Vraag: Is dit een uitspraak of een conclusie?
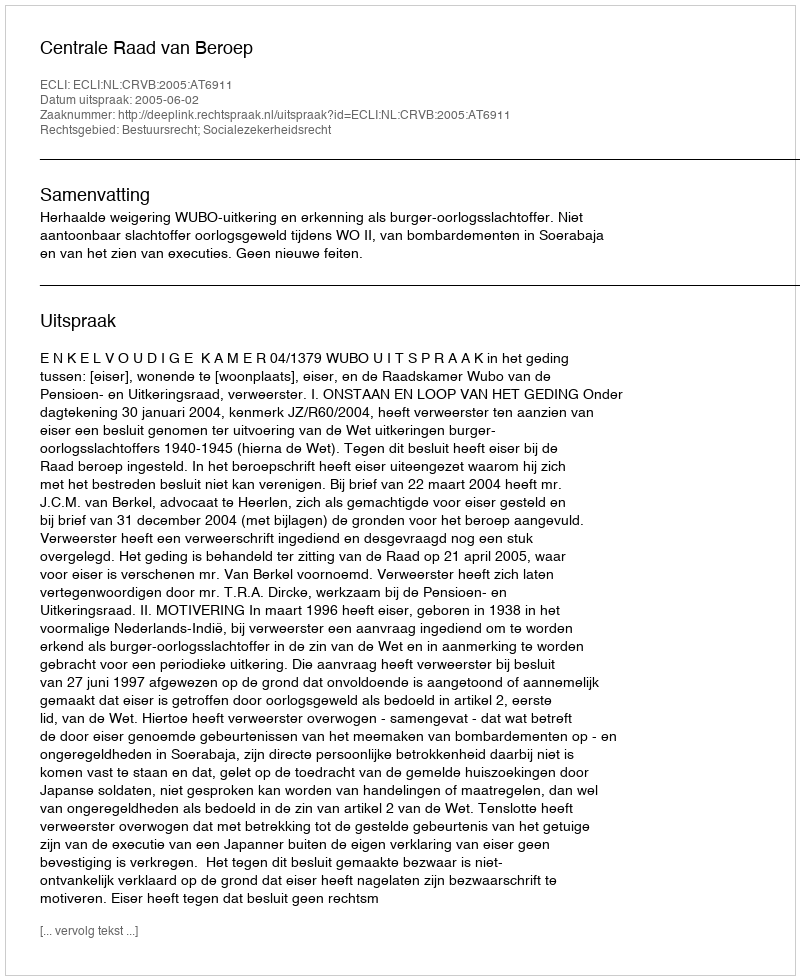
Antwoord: Uitspraak